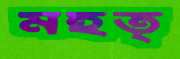
মহত্